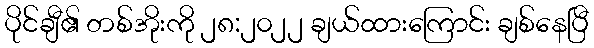
ပိုင်ချီ၏ တစ်အိုးကို ၂၈:၂၀၂၂ ချယ်ထားကြောင်း ချစ်နေပြီ